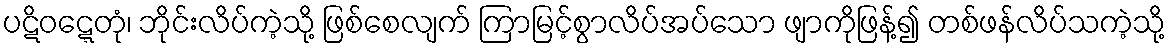
ပဋိဝဋ္ဋေတုံ၊ ဘိုင်းလိပ်ကဲ့သို့ ဖြစ်စေလျက် ကြာမြင့်စွာလိပ်အပ်သော ဖျာကိုဖြန့်၍ တစ်ဖန်လိပ်သကဲ့သို့